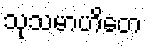
သုသမာဟိတေ